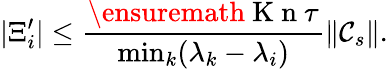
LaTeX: \vert\Xi_{i}^{\prime}\vert\leq\frac{\ensuremath{\mathrm{~K~n~}}\tau}{\operatorname*{min}_{k}(\lambda_{k}-\lambda_{i})}\| \mathcal C_{s}\| .